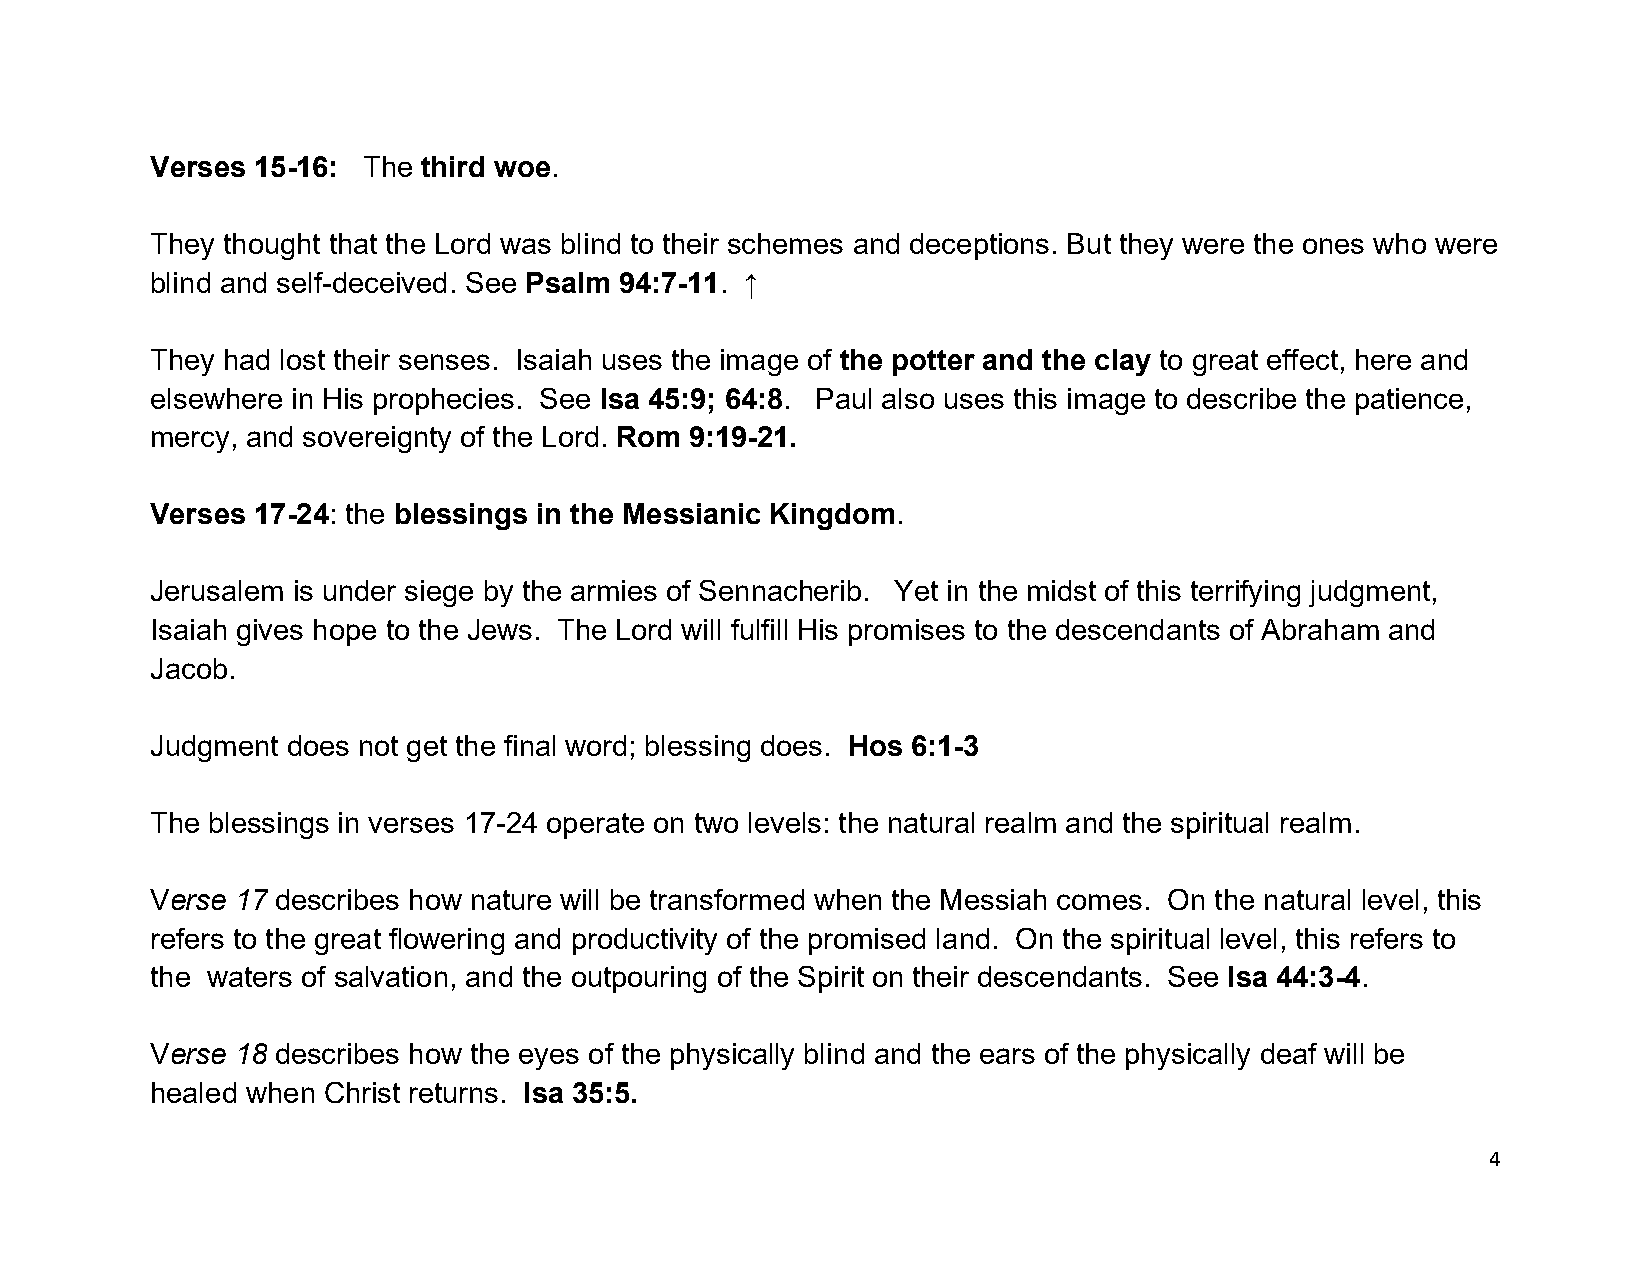
Verses 15-16: The third woe.
 They thought that the Lord was blind to their schemes and deceptions. But they were the ones who were
 blind and self-deceived. See Psalm 94:7-11. ↑
 They had lost their senses. Isaiah uses the image of the potter and the clay to great effect, here and
 elsewhere in His prophecies. See Isa 45:9; 64:8. Paul also uses this image to describe the patience,
 mercy, and sovereignty of the Lord. Rom 9:19-21.
 Verses 17-24: the blessings in the Messianic Kingdom.
 Jerusalem is under siege by the armies of Sennacherib. Yet in the midst of this terrifying judgment,
 Isaiah gives hope to the Jews. The Lord will fulfill His promises to the descendants of Abraham and
 Jacob.
 Judgment does not get the final word; blessing does. Hos 6:1-3
 The blessings in verses 17-24 operate on two levels: the natural realm and the spiritual realm.
 Verse 17 describes how nature will be transformed when the Messiah comes. On the natural level, this
 refers to the great flowering and productivity of the promised land. On the spiritual level, this refers to
 the waters of salvation, and the outpouring of the Spirit on their descendants. See Isa 44:3-4.
 Verse 18 describes how the eyes of the physically blind and the ears of the physically deaf will be
 healed when Christ returns. Isa 35:5.
 4